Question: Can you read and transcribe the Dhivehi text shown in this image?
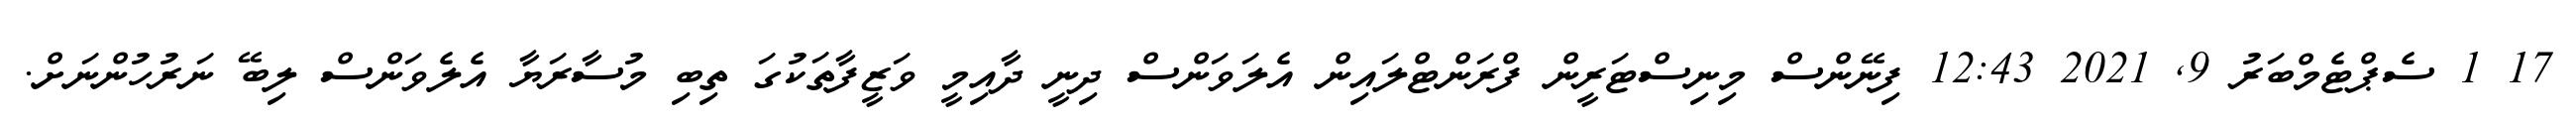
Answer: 17 1 ސެޕްޓެމްބަރު 9, 2021 12:43 ފިނޭންސް މިނިސްޓަރީން ފްރަންޓްލައިން އެލަވަންސް ދިނީ ދާއިމީ ވަޒީފާތަކުގަ ތިބި މުސާރަޔާ އެލެވަންސް ލިބޭ ނަރުހުންނަށް.